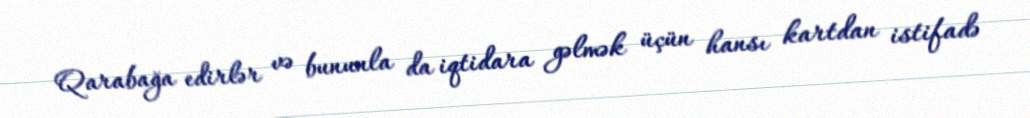
Qarabağa edirlər və bununla da iqtidara gəlmək üçün hansı kartdan istifadə